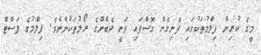
މީގެ ކުރިން ފިލްމުތަކުގައި ފެނިގެން ގޮސްފައި ވަނީ ދެބެންގެ ރޯލުތަކުންނެވެ. ފިލްމުގެ ފަސްޓް